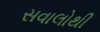
સવાલોથી